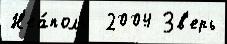
Н'еа́поль  2004 Зв'ерь